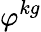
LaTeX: \varphi^{kg}